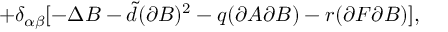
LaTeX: + \delta _ { \alpha \beta } [ - \Delta B - { \tilde { d } } ( \partial B ) ^ { 2 } - q ( \partial A \partial B ) - r ( \partial F \partial B ) ] ,